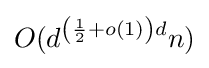
O(d^{\left({\frac {1}{2}}+o(1)\right)d}n)